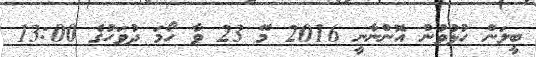
ބީލަން ހުޅުވުން އޮންނާނީ 2016 މޭ 23 ވާ ހޯމަ ދުވަހުގެ 13:00